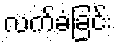
လက်ခံခြင်း